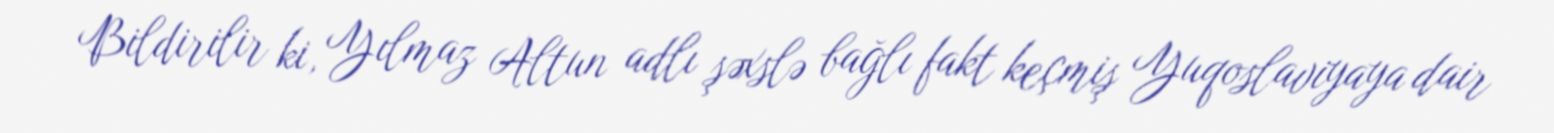
Bildirilir ki, Yılmaz Altun adlı şəxslə bağlı fakt keçmiş Yuqoslaviyaya dair